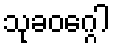
သုခဝဂ္ဂေါ